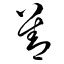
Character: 善